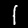
Label: 1